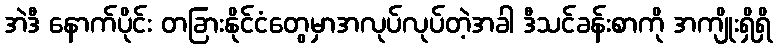
အဲဒီ နောက်ပိုင်း တခြားနိုင်ငံတွေမှာအလုပ်လုပ်တဲ့အခါ ဒီသင်ခန်းစာကို အကျိုးရှိရှိ